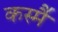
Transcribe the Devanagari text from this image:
कस्मै॑